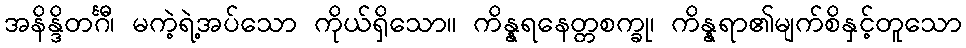
အနိန္ဒိတင်္ဂီ၊ မကဲ့ရဲ့အပ်သော ကိုယ်ရှိသော။ ကိန္နရနေတ္တစက္ခု၊ ကိန္နရာ၏မျက်စိနှင့်တူသော